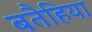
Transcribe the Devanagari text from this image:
बतैहिया